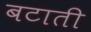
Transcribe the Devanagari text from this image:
बटाती